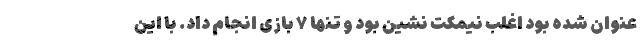
عنوان شده بود اغلب نیمکت نشین بود و تنها ۷ بازی انجام داد. با این